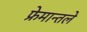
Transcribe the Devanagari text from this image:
फ्रेमान्तले